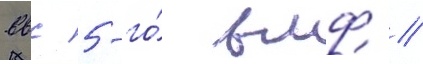
ввс 5-го́ вмф //